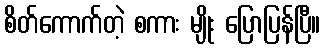
စိတ်ကောက်တဲ့ စကား မျိုး ပြောပြန်ပြီ။